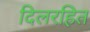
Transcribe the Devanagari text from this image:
दिलरहित